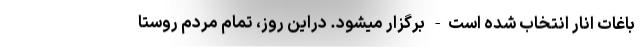
باغات انار انتخاب شده است- برگزار میشود. دراین روز، تمام مردم روستا